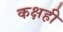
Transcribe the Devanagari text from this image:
कक्षही